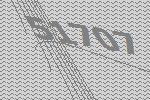
51707